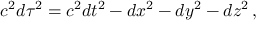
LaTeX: c ^ { 2 } d \tau ^ { 2 } = c ^ { 2 } d t ^ { 2 } - d x ^ { 2 } - d y ^ { 2 } - d z ^ { 2 } \, ,